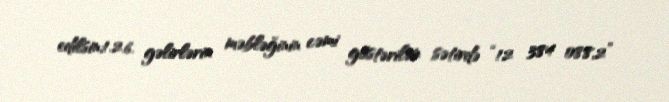
edilsin;1.2.6. gəlirlərin məbləğinin cəmi göstərilən sətirdə “12 384 088,2”